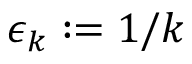
\epsilon _ { k } : = { 1 } / { k }